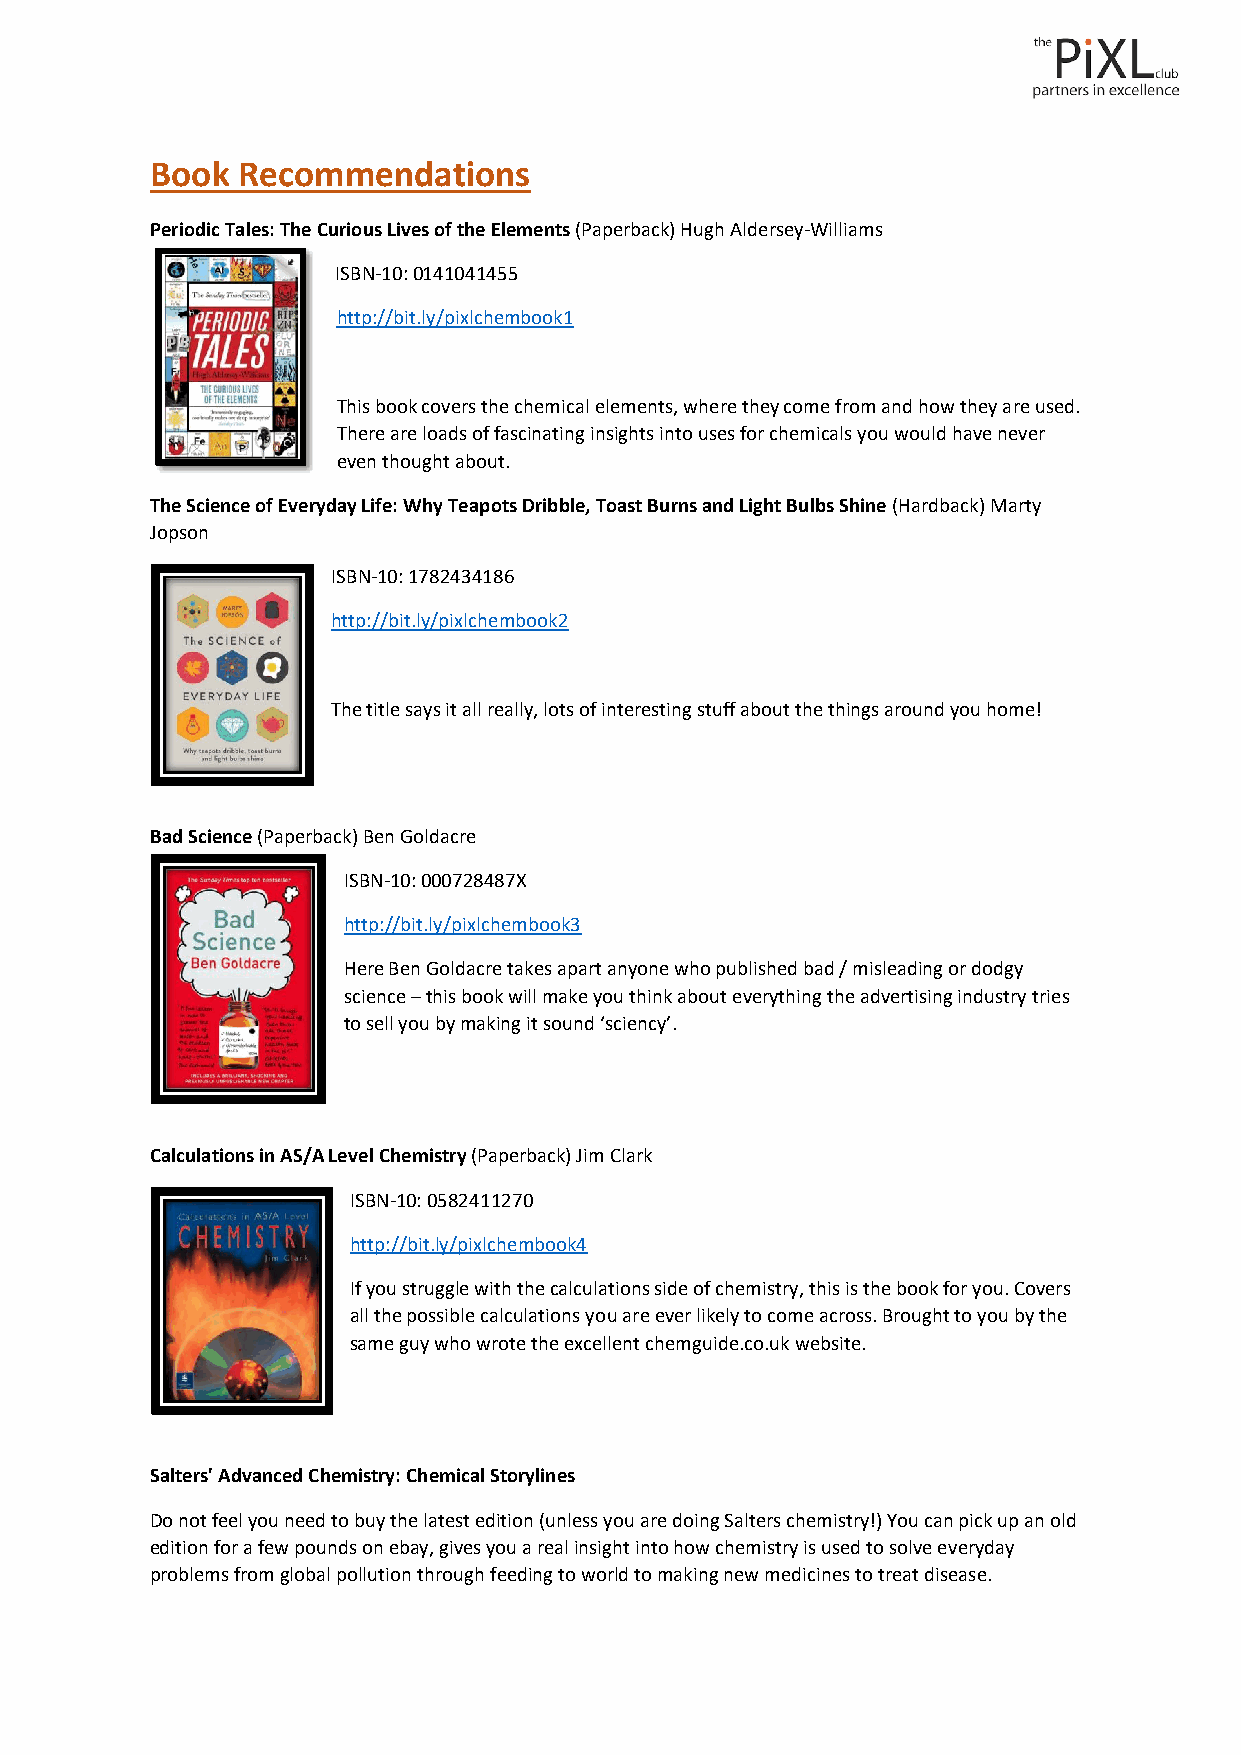
Book  Recommendations
 Periodic Tales: The Curious Lives of the Elements (Paperback) Hugh Aldersey-Williams
 ISBN-10: 0141041455
 http://bit.ly/pixlchembook1
 This book covers the chemical elements, where they come from and how they are used.
 There are loads of fascinating insights into uses for chemicals you would have never
 even thought about.
 The Science of Everyday Life: Why Teapots Dribble, Toast Burns and Light Bulbs Shine (Hardback) Marty
 Jopson
 ISBN-10: 1782434186
 http://bit.ly/pixlchembook2
 The title says it all really, lots of interesting stuff about the things around you home!
 Bad Science (Paperback) Ben Goldacre
 ISBN-10: 000728487X
 http://bit.ly/pixlchembook3
 Here Ben Goldacre takes apart anyone who published bad / misleading or dodgy
 science – this book will make you think about everything the advertising industry tries
 to sell you by making it sound ‘sciency’.
 Calculations in AS/A Level Chemistry (Paperback) Jim Clark
 ISBN-10: 0582411270
 http://bit.ly/pixlchembook4
 If you struggle with the calculations side of chemistry, this is the book for you. Covers
 all the possible calculations you are ever likely to come across. Brought to you by the
 same guy who wrote the excellent chemguide.co.uk website.
 Salters' Advanced Chemistry: Chemical Storylines
 Do not feel you need to buy the latest edition (unless you are doing Salters chemistry!) You can pick up an old
 edition for a few pounds on ebay, gives you a real insight into how chemistry is used to solve everyday
 problems from global pollution through feeding to world to making new medicines to treat disease.